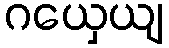
ဂယှေယျ